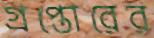
গ্রপ্তোরের